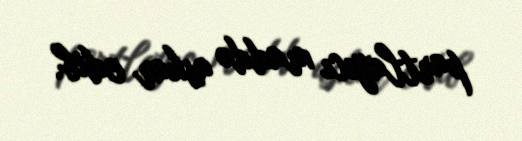
partlayıcı maddə askar edib.